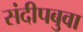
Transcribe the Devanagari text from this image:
संदीपबुवा